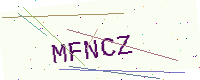
Text: MFNCZ